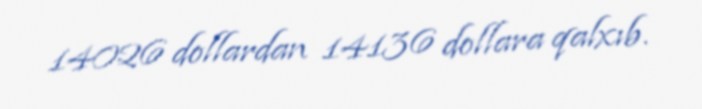
14026 dollardan 14136 dollara qalxıb.